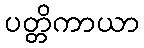
ပတ္တိကာယာ